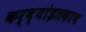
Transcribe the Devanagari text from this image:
कर्व्यांइतकाच